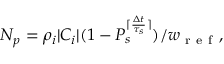
N _ { p } = \rho _ { i } | C _ { i } | ( 1 - P _ { s } ^ { \lceil \frac { \Delta t } { \tau _ { s } } \rceil } ) / w _ { \mathrm { ~ r ~ e ~ f ~ } } ,